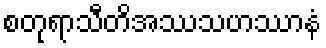
စတုရာသီတိအဿသဟဿာနံ